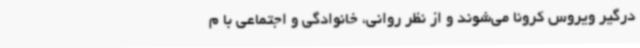
درگیر ویروس کرونا می‌شوند و از نظر روانی، خانوادگی و اجتماعی با م